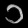
Digit: ၁